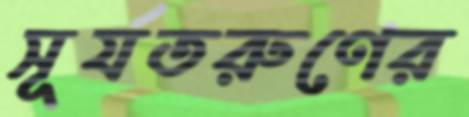
সূর্যতরুণের